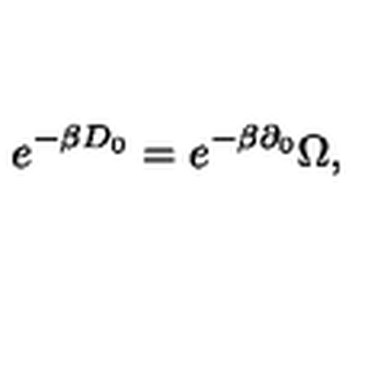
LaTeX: e ^ { - \beta D _ { 0 } } = e ^ { - \beta \partial _ { 0 } } \Omega ,